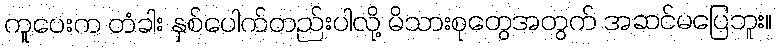
ကူပေးက တံခါး နှစ်ပေါက်တည်းပါလို့ မိသားစုတွေအတွက် အဆင်မပြေဘူး။